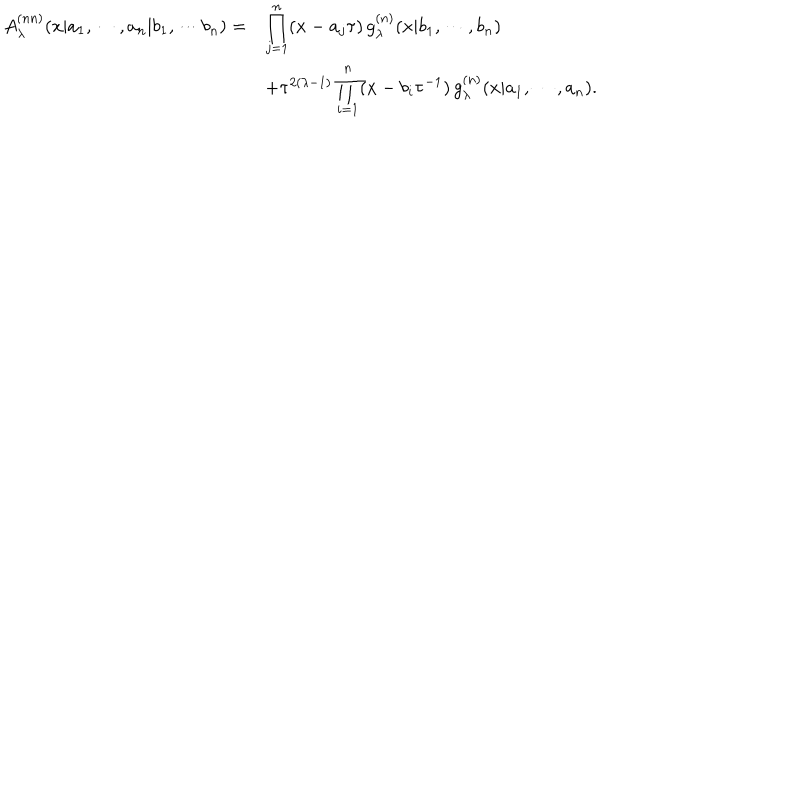
\begin{array} { r l } { { A _ { \lambda } ^ { ( n n ) } ( x | a _ { 1 } , \cdots , a _ { n } | b _ { 1 } , \cdots b _ { n } ) = } } & { { \displaystyle \prod _ { j = 1 } ^ { n } ( x - a _ { j } \tau ) \, g _ { \lambda } ^ { ( n ) } ( x | b _ { 1 } , \cdots , b _ { n } ) } } \\ { { } } & { { + \tau ^ { 2 ( \lambda - 1 ) } \displaystyle \prod _ { i = 1 } ^ { n } ( x - b _ { i } \tau ^ { - 1 } ) \, g _ { \lambda } ^ { ( n ) } ( x | a _ { 1 } , \cdots , a _ { n } ) . } } \\ \end{array}